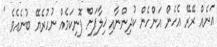
އަނެއް ރޭރޭ އެހެން އަންހެން ކުދިންނާއި ޚިލާފަށް ފޮނިކަމެއް ނުހުރެޔޭ ބުނެއެވެ "